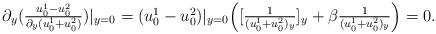
LaTeX: \begin{align*}\begin{array}{ll}\partial_y (\frac{u_0^1-u_0^2}{\partial_y(u_0^1 + u_0^2)})|_{y=0} = (u_0^1-u_0^2)|_{y=0}\Big([\frac{1}{(u_0^1 + u_0^2)_y}]_y + \beta\frac{1}{(u_0^1 + u_0^2)_y}\Big) =0.\end{array}\end{align*}